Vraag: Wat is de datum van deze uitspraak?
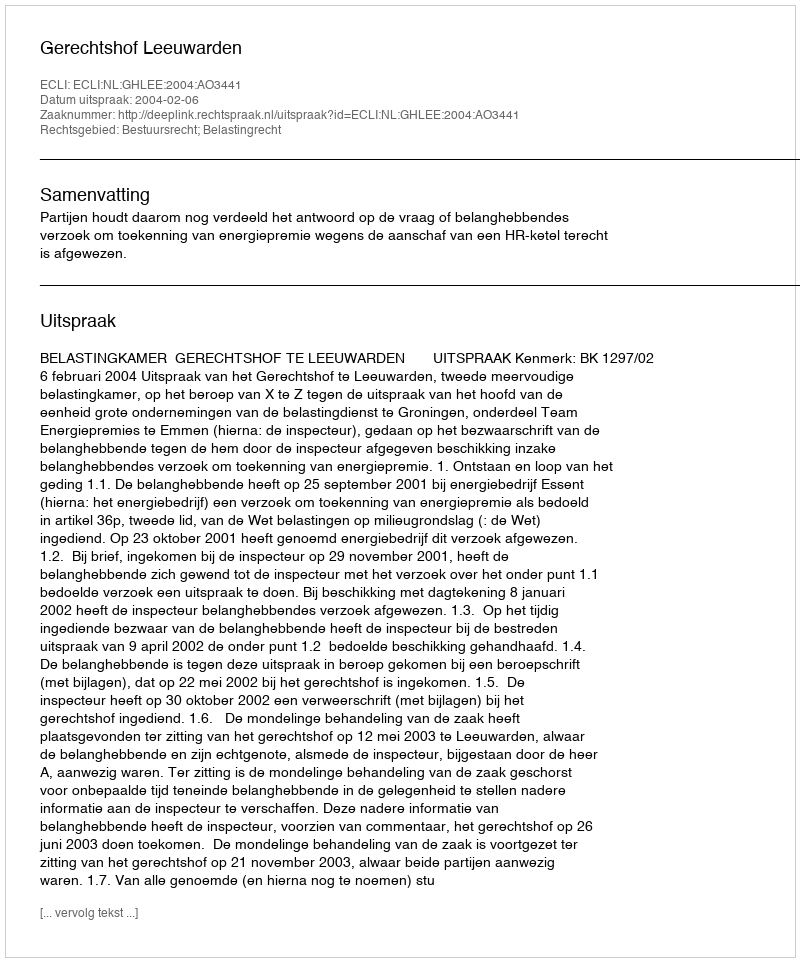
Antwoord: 2004-02-06